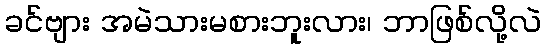
ခင်ဗျား အမဲသားမစားဘူးလား၊ ဘာဖြစ်လို့လဲ